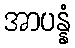
အာပန္နံ